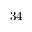
3 4